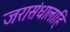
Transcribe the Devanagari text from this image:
जरासंधालाहि